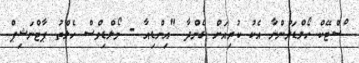
ްސްޓޭކް ހޯލްޑަރުންނާ އެކު ކުރިއަށް ގެންދާ "އިންޑިއާ - މޯލްޑިވްސް ހެލްތު ޕާޓްނަޝިޕް